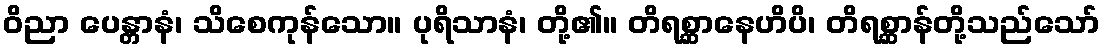
ဝိညာ ပေန္တာနံ၊ သိစေကုန်သော။ ပုရိသာနံ၊ တို့၏။ တိရစ္ဆာနေဟိပိ၊ တိရစ္ဆာန်တို့သည်သော်